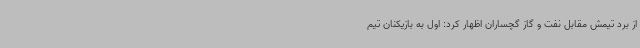
از برد تیمش مقابل نفت و گاز گچساران اظهار کرد: اول به بازیکنان تیم